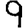
Digit: 9